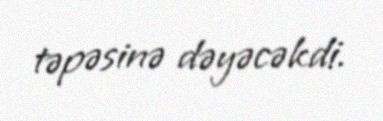
təpəsinə dəyəcəkdi.